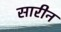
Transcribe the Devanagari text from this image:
सारीन